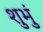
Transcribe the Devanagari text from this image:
शुभुं